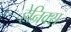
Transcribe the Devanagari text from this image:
हेन्रिक्स